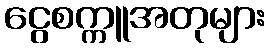
ငွေစက္ကူအတုများ